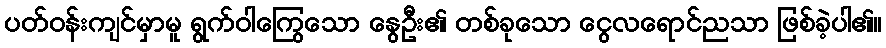
ပတ်ဝန်းကျင်မှာမူ ရွက်ဝါကြွေသော နွေဦး၏ တစ်ခုသော ငွေလရောင်ညသာ ဖြစ်ခဲ့ပါ၏။